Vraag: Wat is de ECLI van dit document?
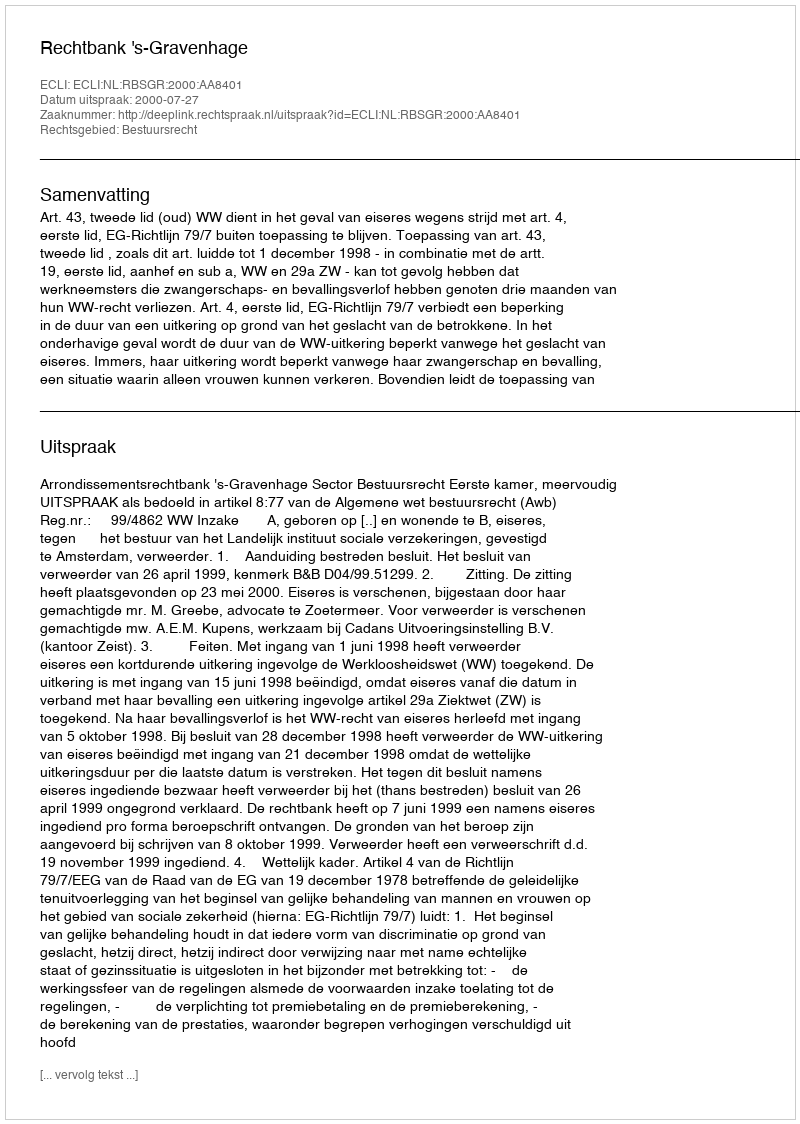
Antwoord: ECLI:NL:RBSGR:2000:AA8401